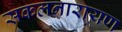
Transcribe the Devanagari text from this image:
सकलनारायण